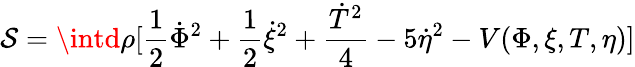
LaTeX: \mathcal{S}=\intd\rho[\frac{{1}}{{2}}\dot{{\Phi}}^{2}+\frac{{1}}{{2}}\dot{{\xi}}^{2}+\frac{{\dot{{T}}^{2}}}{{4}}-5\dot{{\eta}}^{2}-V(\Phi,\xi,T,\eta)]